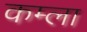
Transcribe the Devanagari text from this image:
कम्ला